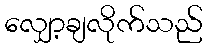
လျှော့ချလိုက်သည်